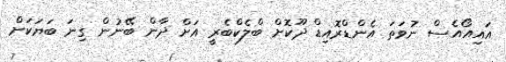
އައިއޯއެސް ނުވަތަ އެންޑްރޮއިޑް ދޫކޮށް ބްލެކްބެރީ އަށް ދާން ބޭނުން ގިނަ ބަޔަކަށް